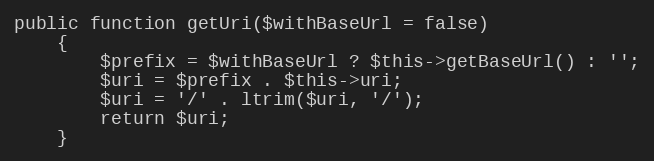
Language: PHP
public function getUri($withBaseUrl = false)
    {
        $prefix = $withBaseUrl ? $this->getBaseUrl() : '';
        $uri = $prefix . $this->uri;
        $uri = '/' . ltrim($uri, '/');
        return $uri;
    }